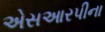
એસઆરપીના